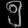
Digit: ၅